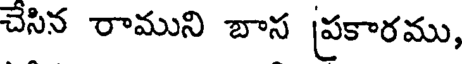
చేసిన రాముని బాస ప్రకారము,